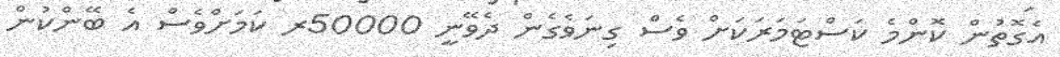
އެގޮތުން ކޮންމެ ކަސްޓަމަރަކަށް ވެސް ގިނަވެގެން ދެވޭނީ 50000ރ ކަމަށްވެސް އެ ބޭންކުން